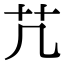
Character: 芁